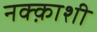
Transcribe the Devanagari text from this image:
नक्क़ाशी